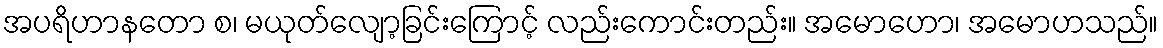
အပရိဟာနတော စ၊ မယုတ်လျော့ခြင်းကြောင့် လည်းကောင်းတည်း။ အမောဟော၊ အမောဟသည်။